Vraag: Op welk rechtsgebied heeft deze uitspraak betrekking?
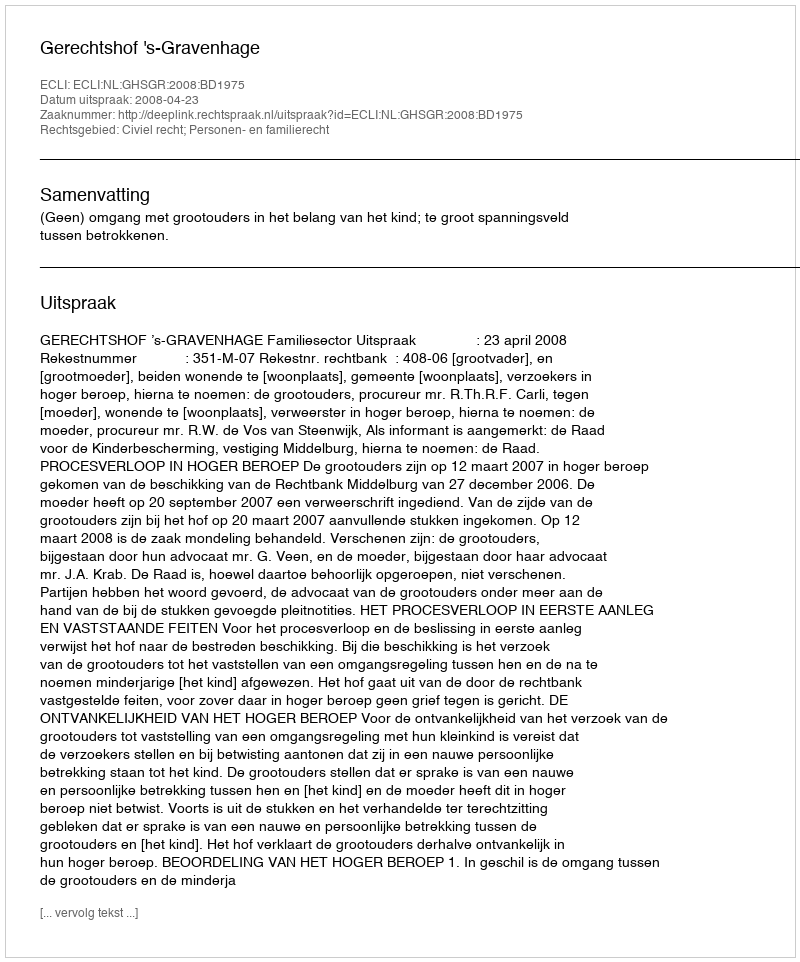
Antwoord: Civiel recht; Personen- en familierecht